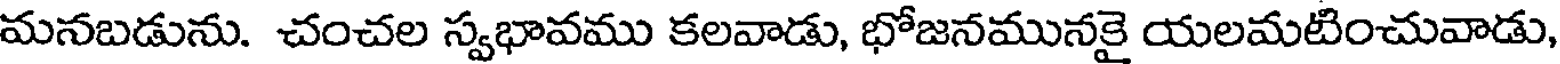
మనబడును. చంచల స్వభావము కలవాడు, భోజనమునకై యలమటించువాడు,